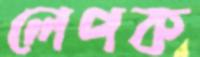
লেপক